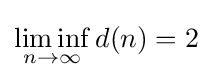
\liminf _{n\to \infty }d(n)=2